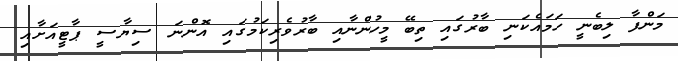
މަންފާ ލިބެނީ ހަމައެކަނި ބާރުގައި ތިބޭ މީހުންނާއި ބާރުވެރިކަމުގައި އޮންނަ ސިޔާސީ ޕާޓީއަށާއި